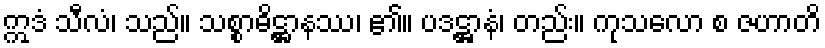
ဣဒံ သီလံ၊ သည်။ သစ္စာဓိဋ္ဌာနဿ၊ ၏။ ပဒဋ္ဌာနံ၊ တည်း။ ကုသလော စ ဇဟာတိ